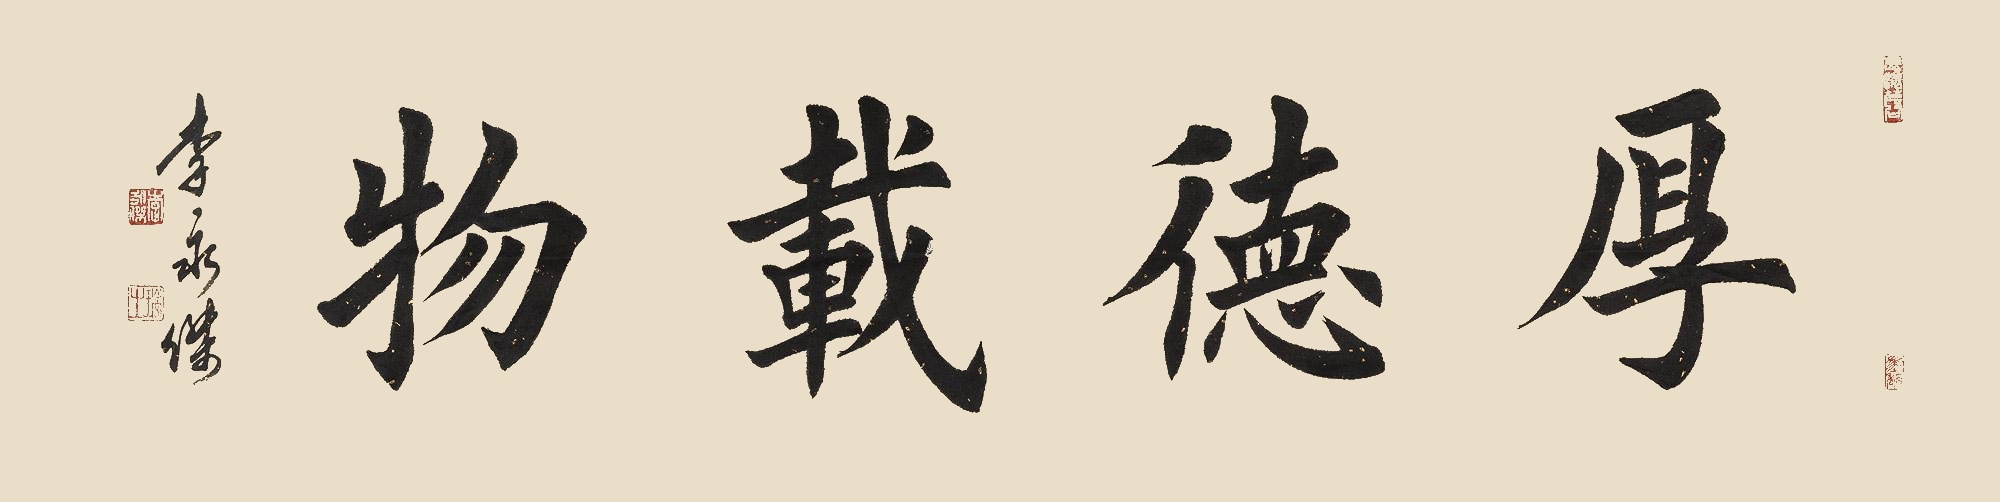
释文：厚德载物。李永杰。